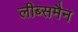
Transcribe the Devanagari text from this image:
लीब्समैन